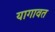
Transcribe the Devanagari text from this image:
यागावत